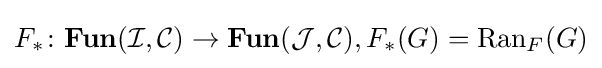
F_{*}\colon \mathbf {Fun} ({\mathcal {I}},{\mathcal {C}})\rightarrow \mathbf {Fun} ({\mathcal {J}},{\mathcal {C}}),F_{*}(G)=\operatorname {Ran} _{F}(G)